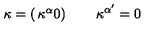
\kappa = \left( \begin{matrix} { \kappa ^ { \alpha } } \\ { 0 } \\ \end{matrix} \right) \qquad \kappa ^ { \alpha ^ { \prime } } = 0